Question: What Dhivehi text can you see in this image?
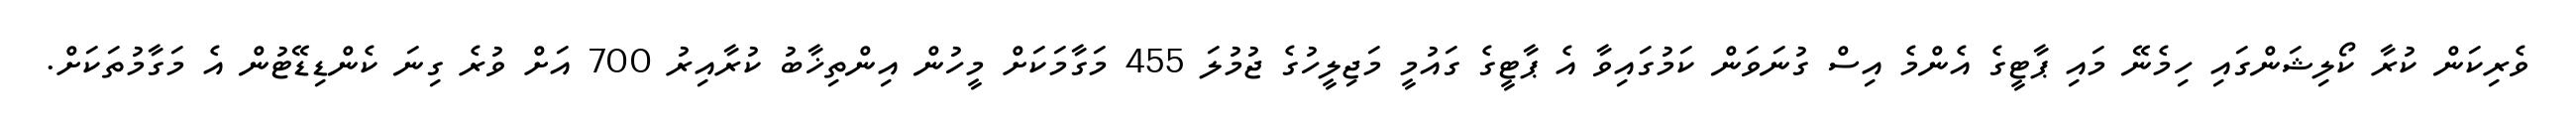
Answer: ވެރިކަން ކުރާ ކޯލިޝަންގައި ހިމެނޭ މައި ޕާޓީގެ އެންމެ އިސް ގުނަވަން ކަމުގައިވާ އެ ޕާޓީގެ ގައުމީ މަޖިލީހުގެ ޖުމުލަ 455 މަގާމަކަށް މީހުން އިންތިޚާބު ކުރާއިރު 700 އަށް ވުރެ ގިނަ ކެންޑިޑޭޓުން އެ މަގާމުތަކަށް.